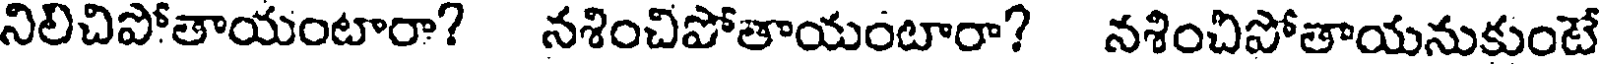
నిలిచిపోతాయంటారా? నశించిపోతాయంటారా? నశించిపోతాయనుకుంటే